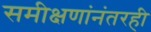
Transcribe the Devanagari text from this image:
समीक्षणांनंतरही